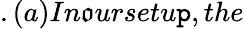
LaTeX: .(a)In\mathfrak{o}ursetu\mathtt{p},the